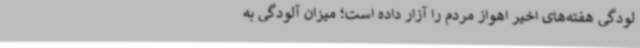
لودگی‌ هفته‌های اخیر اهواز مردم را آزار داده است؛ میزان آلودگی به